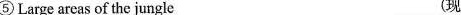
⑤Large areas of the jungle (现